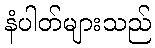
နံပါတ်များသည်